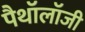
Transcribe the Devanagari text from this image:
पैथॉलॉजी